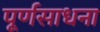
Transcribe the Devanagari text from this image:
पूर्णसाधना